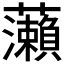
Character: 𬟣